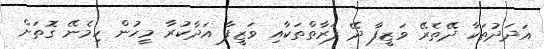
އަދަދުތަކާ ދޭތެރޭ ވަޒީފާ ދޭ ފަރާތްތަކާއި ވަޒީފާ އަދާކުރާ މީހުން ހިމެނޭ ގޮތަށް